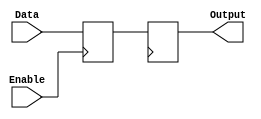
module EnableLatch (
    input wire Enable,
    input wire Data,
    output reg Output
);

reg storedData;

always @(posedge Enable) begin
    if (Enable) begin
        storedData <= Data;
    end
end

always @(posedge clk) begin
    Output <= storedData;
end

endmodule